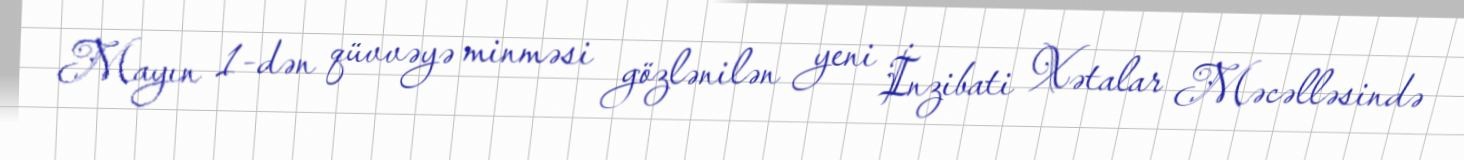
Mayın 1-dən qüvvəyə minməsi gözlənilən yeni İnzibati Xətalar Məcəlləsində